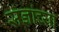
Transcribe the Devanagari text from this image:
संज्ञांच्या